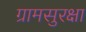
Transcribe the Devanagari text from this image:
ग्रामसुरक्षा